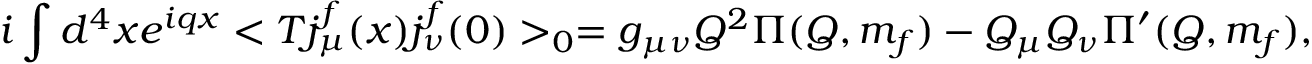
i \int d ^ { 4 } x e ^ { i q x } < T j _ { \mu } ^ { f } ( x ) j _ { \nu } ^ { f } ( 0 ) > _ { 0 } = g _ { \mu \nu } Q ^ { 2 } \Pi ( Q , m _ { f } ) - Q _ { \mu } Q _ { \nu } \Pi ^ { \prime } ( Q , m _ { f } ) ,